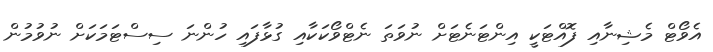
އެވޯޓް މެޝިނާއި ފޮއްޓަކީ އިންޓަނެޓަށް ނުވަތަ ނެޓްވޯކަކާއި ގުޅާފައި ހުންނަ ސިސްޓަމަކަށް ނުވުމުން